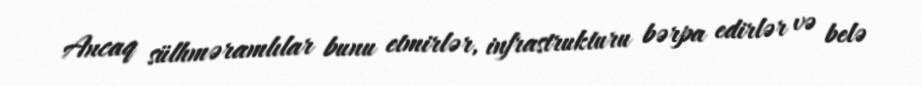
Ancaq sülhməramlılar bunu etmirlər, infrastrukturu bərpa edirlər və belə